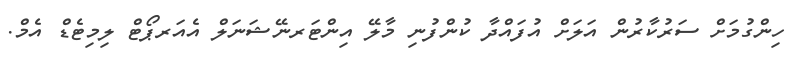
ހިންގުމަށް ސަރުކާރުން އަލަށް އުފައްދާ ކުންފުނި މާލޭ އިންޓަރނޭޝަނަލް އެއަރޕޯޓް ލިމިޓެޑް އެމް.